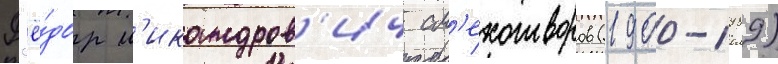
Ф'ё́дор н'икандров'ич см'ехотворов (1900-1989)